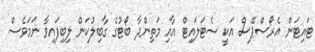
ޓައިޓަން އެރޯސްޕޭސް އަކީ ސެޓަލައިޓް އާއި މަތިންދާ ބޯޓުގެ ގާބިލުކަން ލިބިފައިވާ ނަމަވެސް